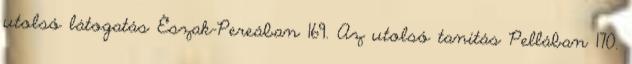
utolsó látogatás Észak-Pereában 169. Az utolsó tanítás Pellában 170.